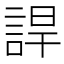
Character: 䛞